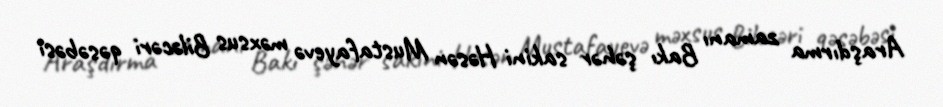
Araşdırma zamanı Bakı şəhər sakini Həsən Mustafayevə məxsus Biləcəri qəsəbəsi